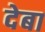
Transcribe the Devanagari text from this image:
देबा